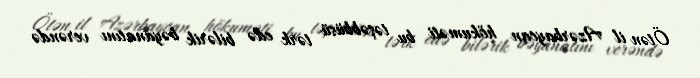
Ötən il Azərbaycan hökuməti bu təşəbbüsü tərk edə bilərik bəyanatını verəndə